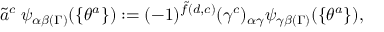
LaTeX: \tilde { a } ^ { c } \; \psi _ { \alpha \beta ( \Gamma ) } ( \{ \theta ^ { a } \} ) : = ( - 1 ) ^ { \tilde { f } ( d , c ) } ( \gamma ^ { c } ) _ { \alpha \gamma } \psi _ { \gamma \beta ( \Gamma ) } ( \{ \theta ^ { a } \} ) ,